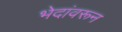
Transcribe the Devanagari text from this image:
भेदांवरून